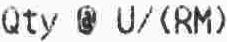
QTY @ U/(RM)